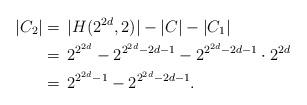
LaTeX: \begin{align*} |C_2| &=\,|H(2^{2d},2)|-|C|-|C_1|\\ &=\,2^{2^{2d}}-2^{2^{2d}-2d-1}-2^{2^{2d}-2d-1}\cdot 2^{2d}\\ &=\,2^{2^{2d}-1}-2^{2^{2d}-2d-1}. \end{align*}